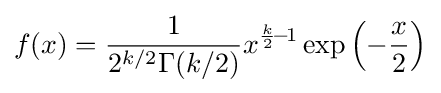
f(x)={\frac {1}{2^{k/2}\Gamma (k/2)}}x^{{\frac {k}{2}}\!-\!1}\exp \left(-{\frac {x}{2}}\right)